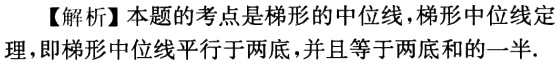
【解析】本题的考点是梯形的中位线，梯形中位线定理，即梯形中位线平行于两底，并且等于两底和的一半.